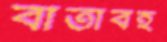
বার্তাবহ